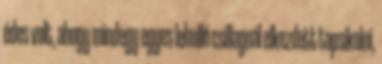
édes volt, ahogy mindegy egyes lehulló csillagnál elkezdett tapsikolni,